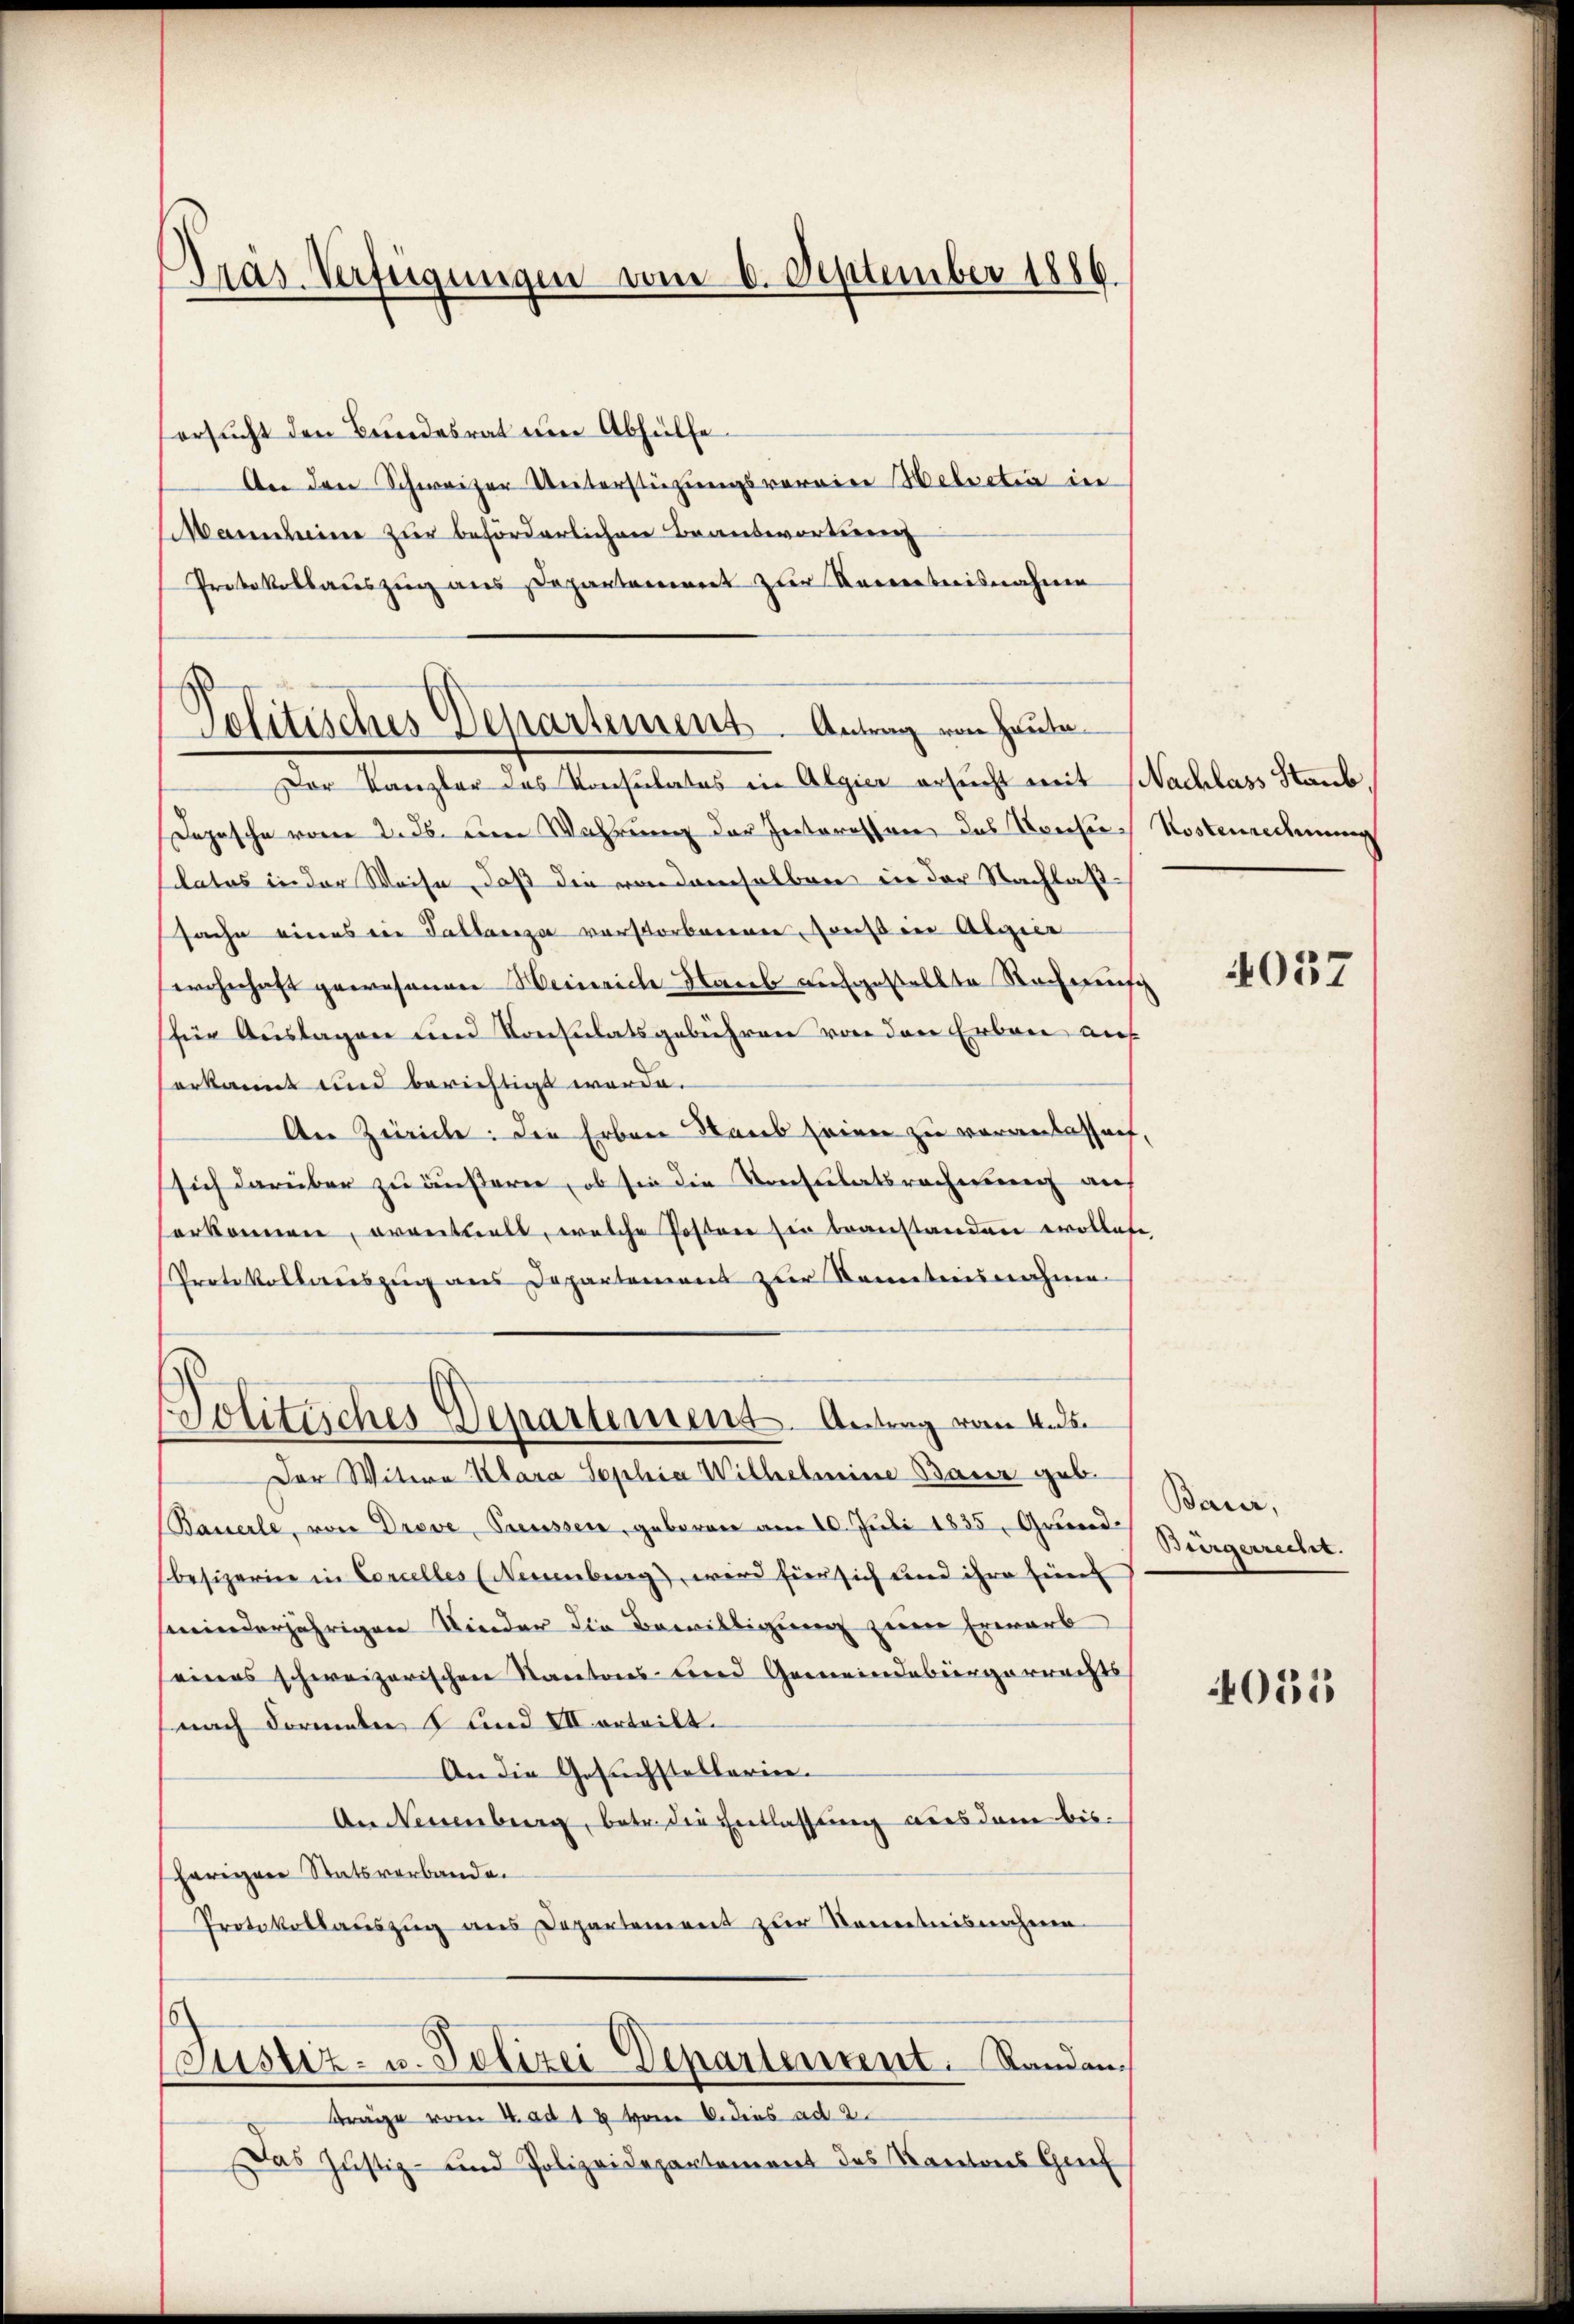
Präs. Verfügungen vom 6. September 1886.

ersucht den Bundesrat um Abhülfe.
An den Schweizer Unterstüzungsvereine Helvetia in
Mannheine zur beförderlichen Beantwortung
Protokollauszug aus Departement zur Kenntnisnahme
Der Kanzler des Konsulates in Algier ersŭcht mit Nachlass Staub
Depesche vom 2. ds. eine Wahrung der Pratoressen das Kreise Kostenrechnung
slatos in der Weise, daß die von demselben in der Nachlaßsache eines ein Tallaria verstorbenen sonst in Algier
wohnhaft gewesenen Weinriche Hasel aufgestellte Sachereinsch
für Auslagen und Konsulatsgebühren von den Erben auf
erkannt und berichtigt werde.
An Zürich: Die Erben Baues seinen zu veranlassung
sich darüber zu äußerer, ob sie die Konsulatsrechnung auf
erkommen, eventuell, welche Posten sie beanstanden wollen
Protokollauszug aus Departement zur Kenntnisnahme
Politisches Departement. Antrag vom 4. ds.
Der Witwe Klara Sophia Wilhelmine Baur geb.
Basserle, von Dreve, Preusser, geboren am 10. Juli 1835, Grundbesizerne in Concelles (Neuenburg, wird hier sich und ihre Ein
minderjährigen Kinder die Bewilligung zum Erwarb
seines schweizerischen Kantons- und Gemeindebürgerrechts
nach Formale 8 und VII erteilt.
An die Gesuchstellerien.
An Neuenburg, betr. die Entlassung aus dem bisherigen Statsverbande.
Protokollauszug aus Departement zur Kenntnisnehmen
Justiz- u. Polizei Departement. Randan¬
Frage vom 4. ad 12 vom 8. dies ad 2.
Das Justiz- und Polizeidepartement des Kantons Gef

Politisches Departement Antrag von Heute

4037

Bauer,
Burgerrecht.

4055